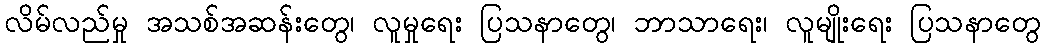
လိမ်လည်မှု အသစ်အဆန်းတွေ၊ လူမှုရေး ပြသနာတွေ၊ ဘာသာရေး၊ လူမျိုးရေး ပြသနာတွေ